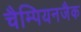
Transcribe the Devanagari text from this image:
चैम्पियनजैक